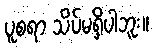
ပူစရာ သိပ်မရှိပါဘူး။